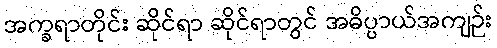
အက္ခရာတိုင်း ဆိုင်ရာ ဆိုင်ရာတွင် အဓိပ္ပာယ်အကျဉ်း